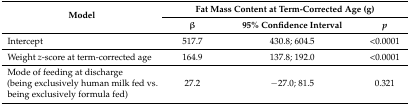
| <ROWSPAN=2> Model | <COLSPAN=3> Fat Mass Content at Term-Corrected Age (g) |
 | β | 95% Confidence Interval | p |
 | --- | --- | --- | --- |
 | Intercept | 517.7 | 430.8; 604.5 | <0.0001 |
 | Weight z-score at term-corrected age | 164.9 | 137.8; 192.0 | <0.0001 |
 | Mode of feeding at discharge (being exclusively human milk fed vs. being exclusively formula fed) | 27.2 | −27.0; 81.5 | 0.321 |